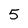
Character: 5